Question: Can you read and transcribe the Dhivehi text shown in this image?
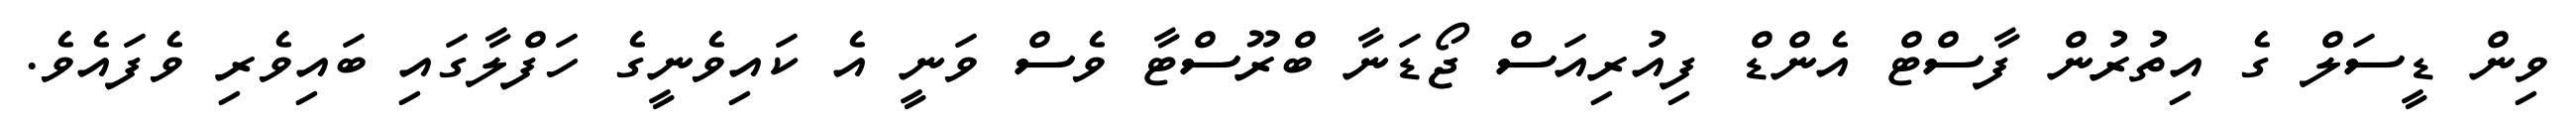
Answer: ވިން ޑީސަލް ގެ އިތުރުން ފާސްޓް އެންޑް ފިއުރިއަސް ޖޯޑަނާ ބްރޫސްޓާ ވެސް ވަނީ އެ ކައިވެނީގެ ހަފްލާގައި ބައިވެރި ވެފައެވެ.